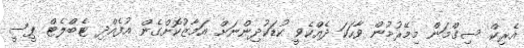
އެރިކް ސިގްމަން މިމޭރުމުން ވާހަކަ ދެއްކެވީ ކުޑަކުދިންނަށް އަމާޒުކޮށްގެން އުފެއްދި ޓެބްލެޓް ޕީސީ